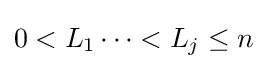
0<L_{1}\cdots <L_{j}\leq n